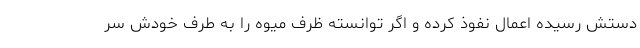
دستش رسیده اعمال نفوذ کرده و اگر توانسته ظرف میوه را به طرف خودش سُر